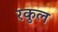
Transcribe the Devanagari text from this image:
रकुल